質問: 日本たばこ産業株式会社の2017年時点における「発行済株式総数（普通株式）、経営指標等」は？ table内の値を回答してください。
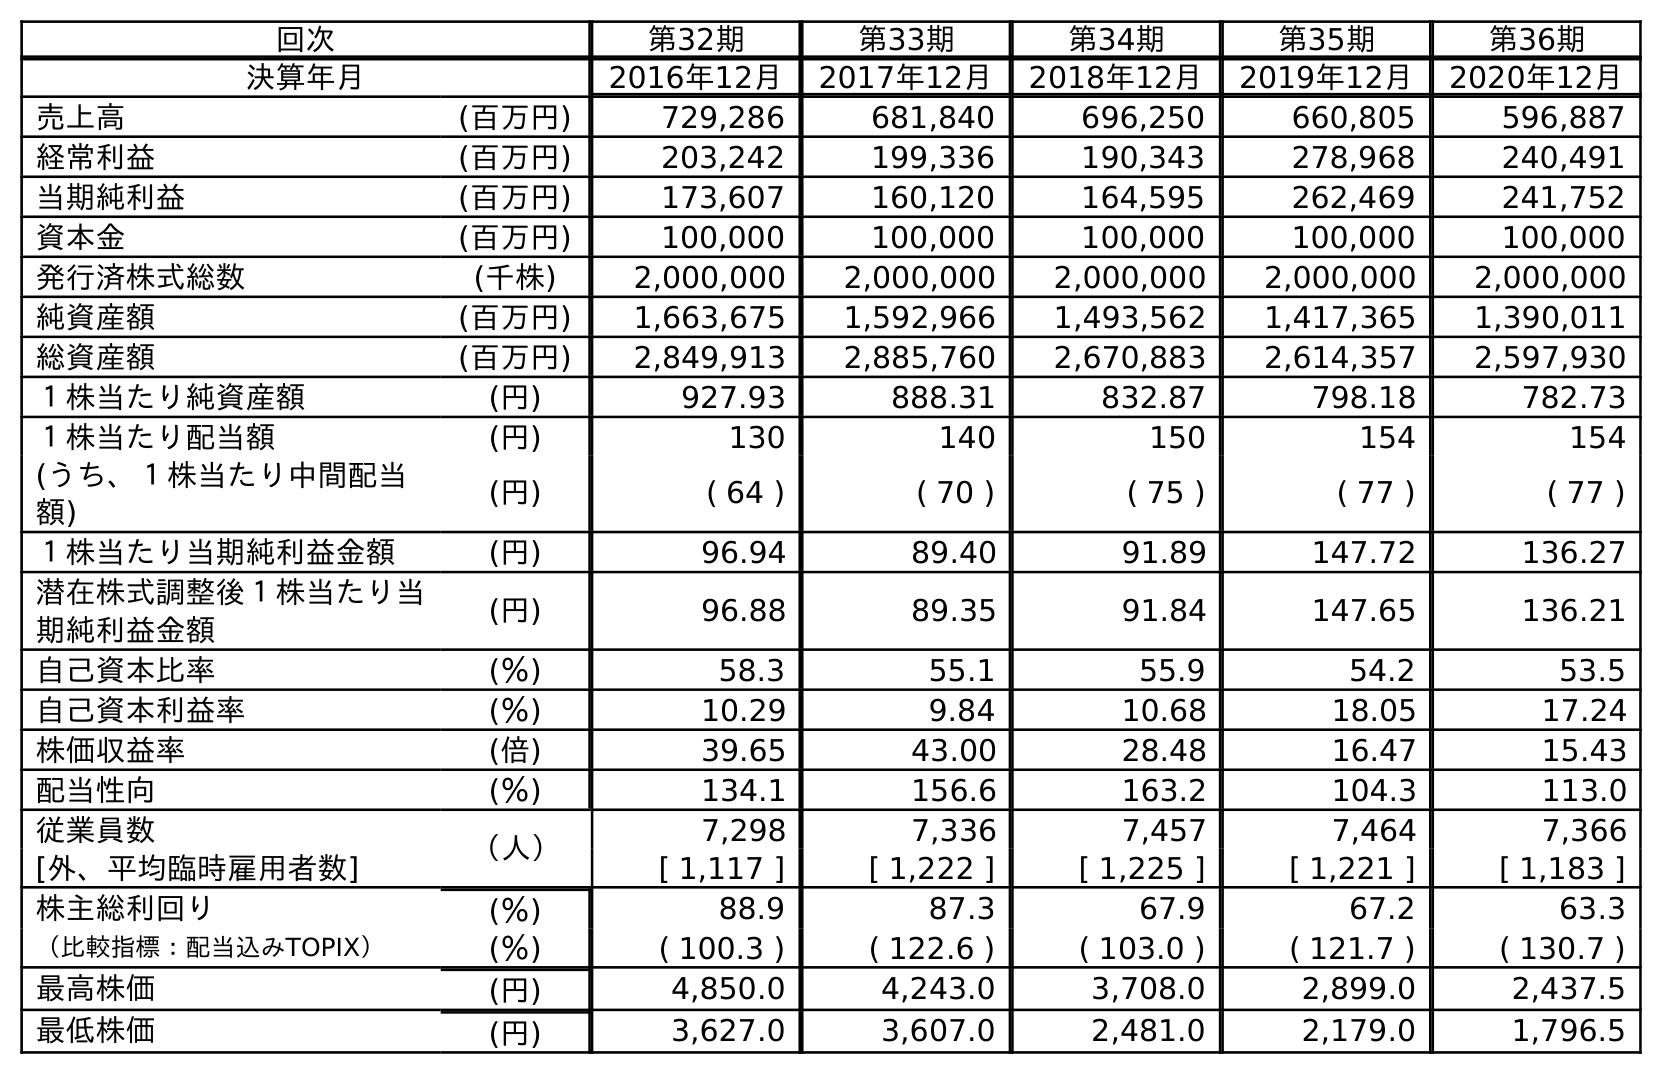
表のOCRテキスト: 回次 第32期 第33期 第34期 第35期 第36期 決算年月 2016年12月 2017年12月 2018年12月 2019年12月 2020年12月 売上高 (百万円) 729,286 681,840 696,250 660,805 596,887 経常利益 (百万円) 203,242 199,336 190,343 278,968 240,491 当期純利益 (百万円) 173,607 160,120 164,595 262,469 241,752 資本金 (百万円) 100,000 100,000 100,000 100,000 100,000 発行済株式総数 (千株) 2,000,000 2,000,000 2,000,000 2,000,000 2,000,000 純資産額 (百万円) 1,663,675 1,592,966 1,493,562 1,417,365 1,390,011 総資産額 (百万円) 2,849,913 2,885,760 2,670,883 2,614,357 2,597,930 １株当たり純資産額 (円) 927.93 888.31 832.87 798.18 782.73 １株当たり配当額 (円) 130 140 150 154 154 (うち、１株当たり中間配当 額) (円) ( 64 ) ( 70 ) ( 75 ) ( 77 ) ( 77 ) １株当たり当期純利益金額 (円) 96.94 89.40 91.89 147.72 136.27 潜在株式調整後１株当たり当 期純利益金額 (円) 96.88 89.35 91.84 147.65 136.21 自己資本比率 (％) 58.3 55.1 55.9 54.2 53.5 自己資本利益率 (％) 10.29 9.84 10.68 18.05 17.24 株価収益率 (倍) 39.65 43.00 28.48 16.47 15.43 配当性向 (％) 134.1 156.6 163.2 104.3 113.0 従業員数 （人） 7,298 7,336 7,457 7,464 7,366 [外、平均臨時雇用者数] [ 1,117 ] [ 1,222 ] [ 1,225 ] [ 1,221 ] [ 1,183 ] 株主総利回り (％) 88.9 87.3 67.9 67.2 63.3 （比較指標：配当込みTOPIX） (％) ( 100.3 ) ( 122.6 ) ( 103.0 ) ( 121.7 ) ( 130.7 ) 最高株価 (円) 4,850.0 4,243.0 3,708.0 2,899.0 2,437.5 最低株価 (円) 3,627.0 3,607.0 2,481.0 2,179.0 1,796.5
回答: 2,000,000